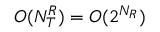
O ( N _ { T } ^ { R } ) = O ( 2 ^ { N _ { R } } )